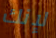
لإنك